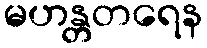
မဟန္တတရေန